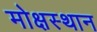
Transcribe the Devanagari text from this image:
मोक्षस्थान